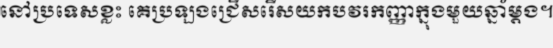
នៅប្រទេសខ្លះ គេប្រឡងជ្រើសរើសយកបវរកញ្ញាក្នុងមួយឆ្នាំម្តង។